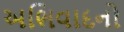
અભિવાદનો